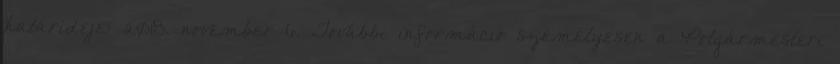
határideje: 2018. november 6. További információ személyesen a Polgármesteri